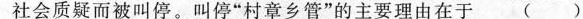
社会质疑而被叫停。叫停”村章乡管”的主要理由在于( )